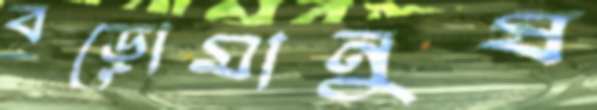
বড়োমানুষ